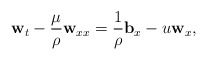
\begin{align*} \mathbf{w}_t-\frac{\mu}{\rho}\mathbf{w}_{xx}=\frac{1}{\rho}\mathbf{b}_x-u\mathbf{w}_x,\end{align*}